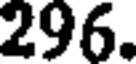
296.